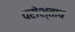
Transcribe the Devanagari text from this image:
प्रोश्ताब